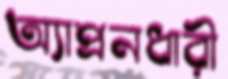
অ্যাপ্রনধারী